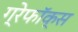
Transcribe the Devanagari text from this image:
ग्रेफॉक्स